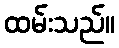
ထမ်းသည်။